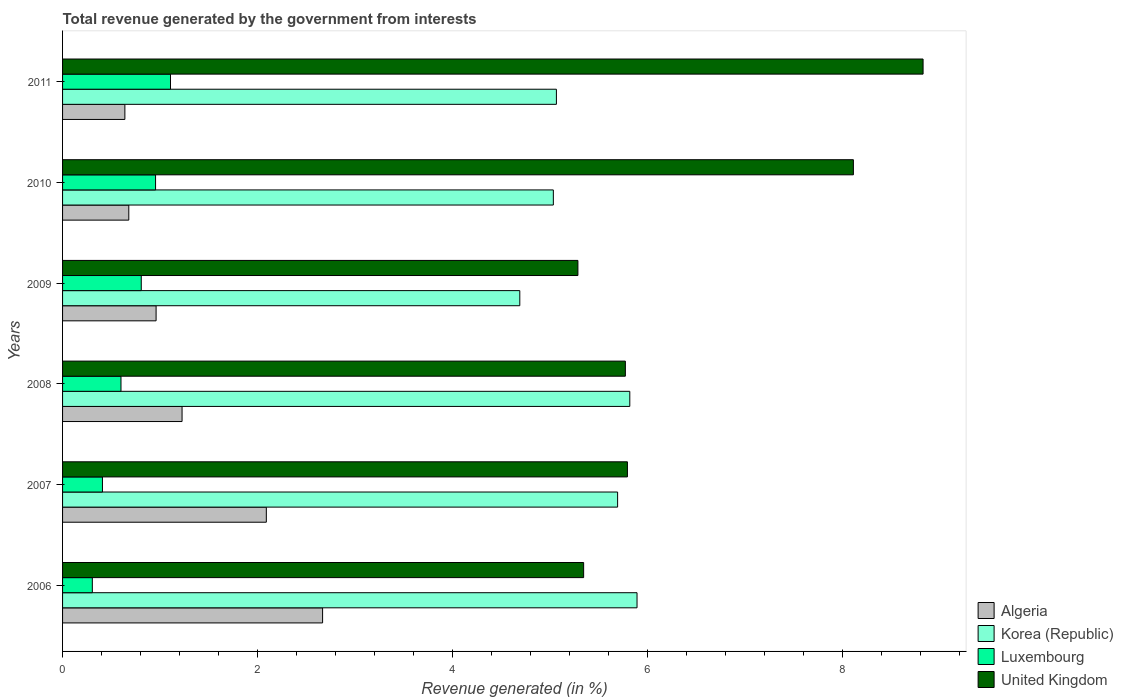
| Years | Algeria | Korea (Republic) | Luxembourg | United Kingdom |
 | --- | --- | --- | --- | --- |
 | 2006 | 2.67 | 5.9 | 0.305 | 5.35 |
 | 2007 | 2.09 | 5.7 | 0.409 | 5.8 |
 | 2008 | 1.23 | 5.82 | 0.599 | 5.78 |
 | 2009 | 0.96 | 4.69 | 0.808 | 5.29 |
 | 2010 | 0.68 | 5.04 | 0.954 | 8.12 |
 | 2011 | 0.639 | 5.07 | 1.11 | 8.83 |